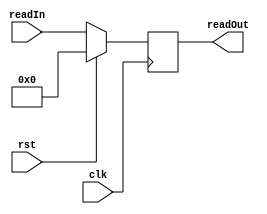
	   module reg_read_data(
		input clk,
		input rst,
		input [31:0] readIn,
		output reg [31:0] readOut
    );
	 
	always @(posedge clk)
		begin
		if (rst)
			begin
			readOut <= 32'h00000000;
			end
		else
			begin
			readOut <= readIn;
			end
		end
		
endmodule